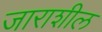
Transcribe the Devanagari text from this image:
जाराशील